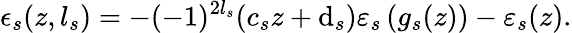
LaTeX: \epsilon_{s}(z,l_{s})=-(-1)^{2l_{s}}(c_{s}z+\mathrm{d}_{s})\varepsilon_{s}\left(g_{s}(z)\right)-\varepsilon_{s}(z).